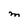
Character: M